Bréfritari: Sigríður Pálsdóttir
Viðtakandi: Páll Pálsson
Dagsetning: A-1869-12-27
Skrifað á: Breiðabólsstað  Rang.
Páll var bróðir Sigríðar

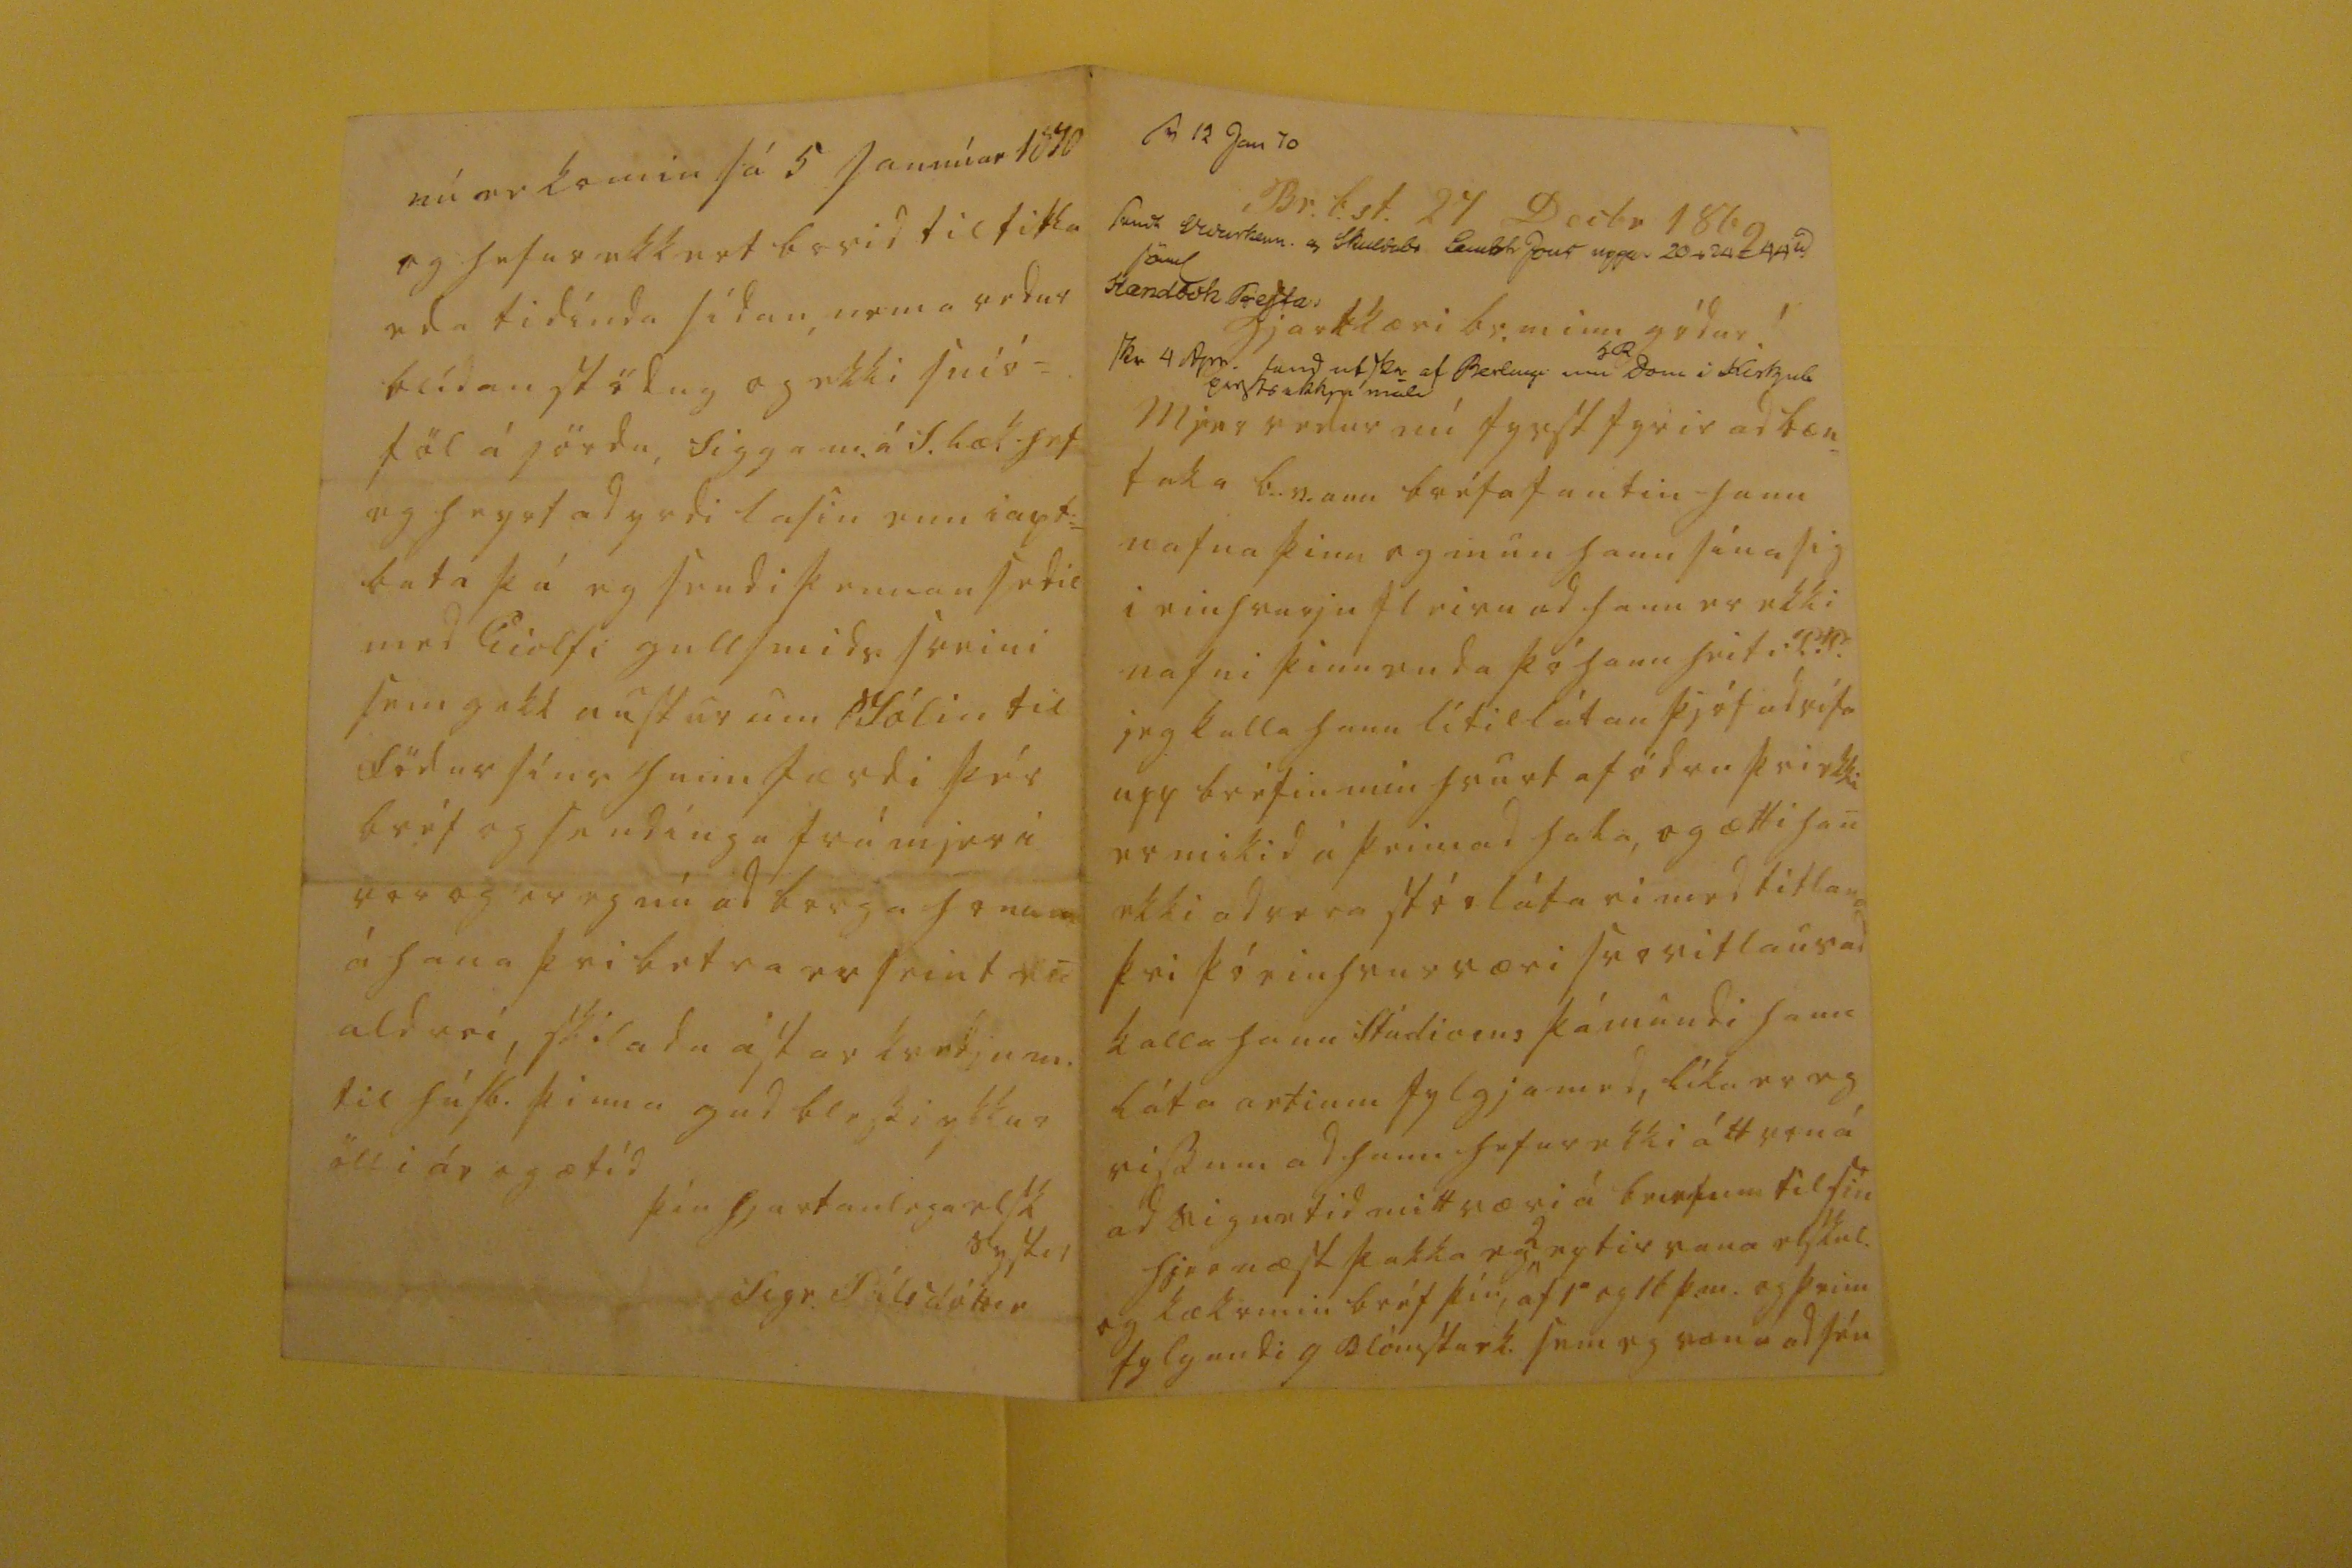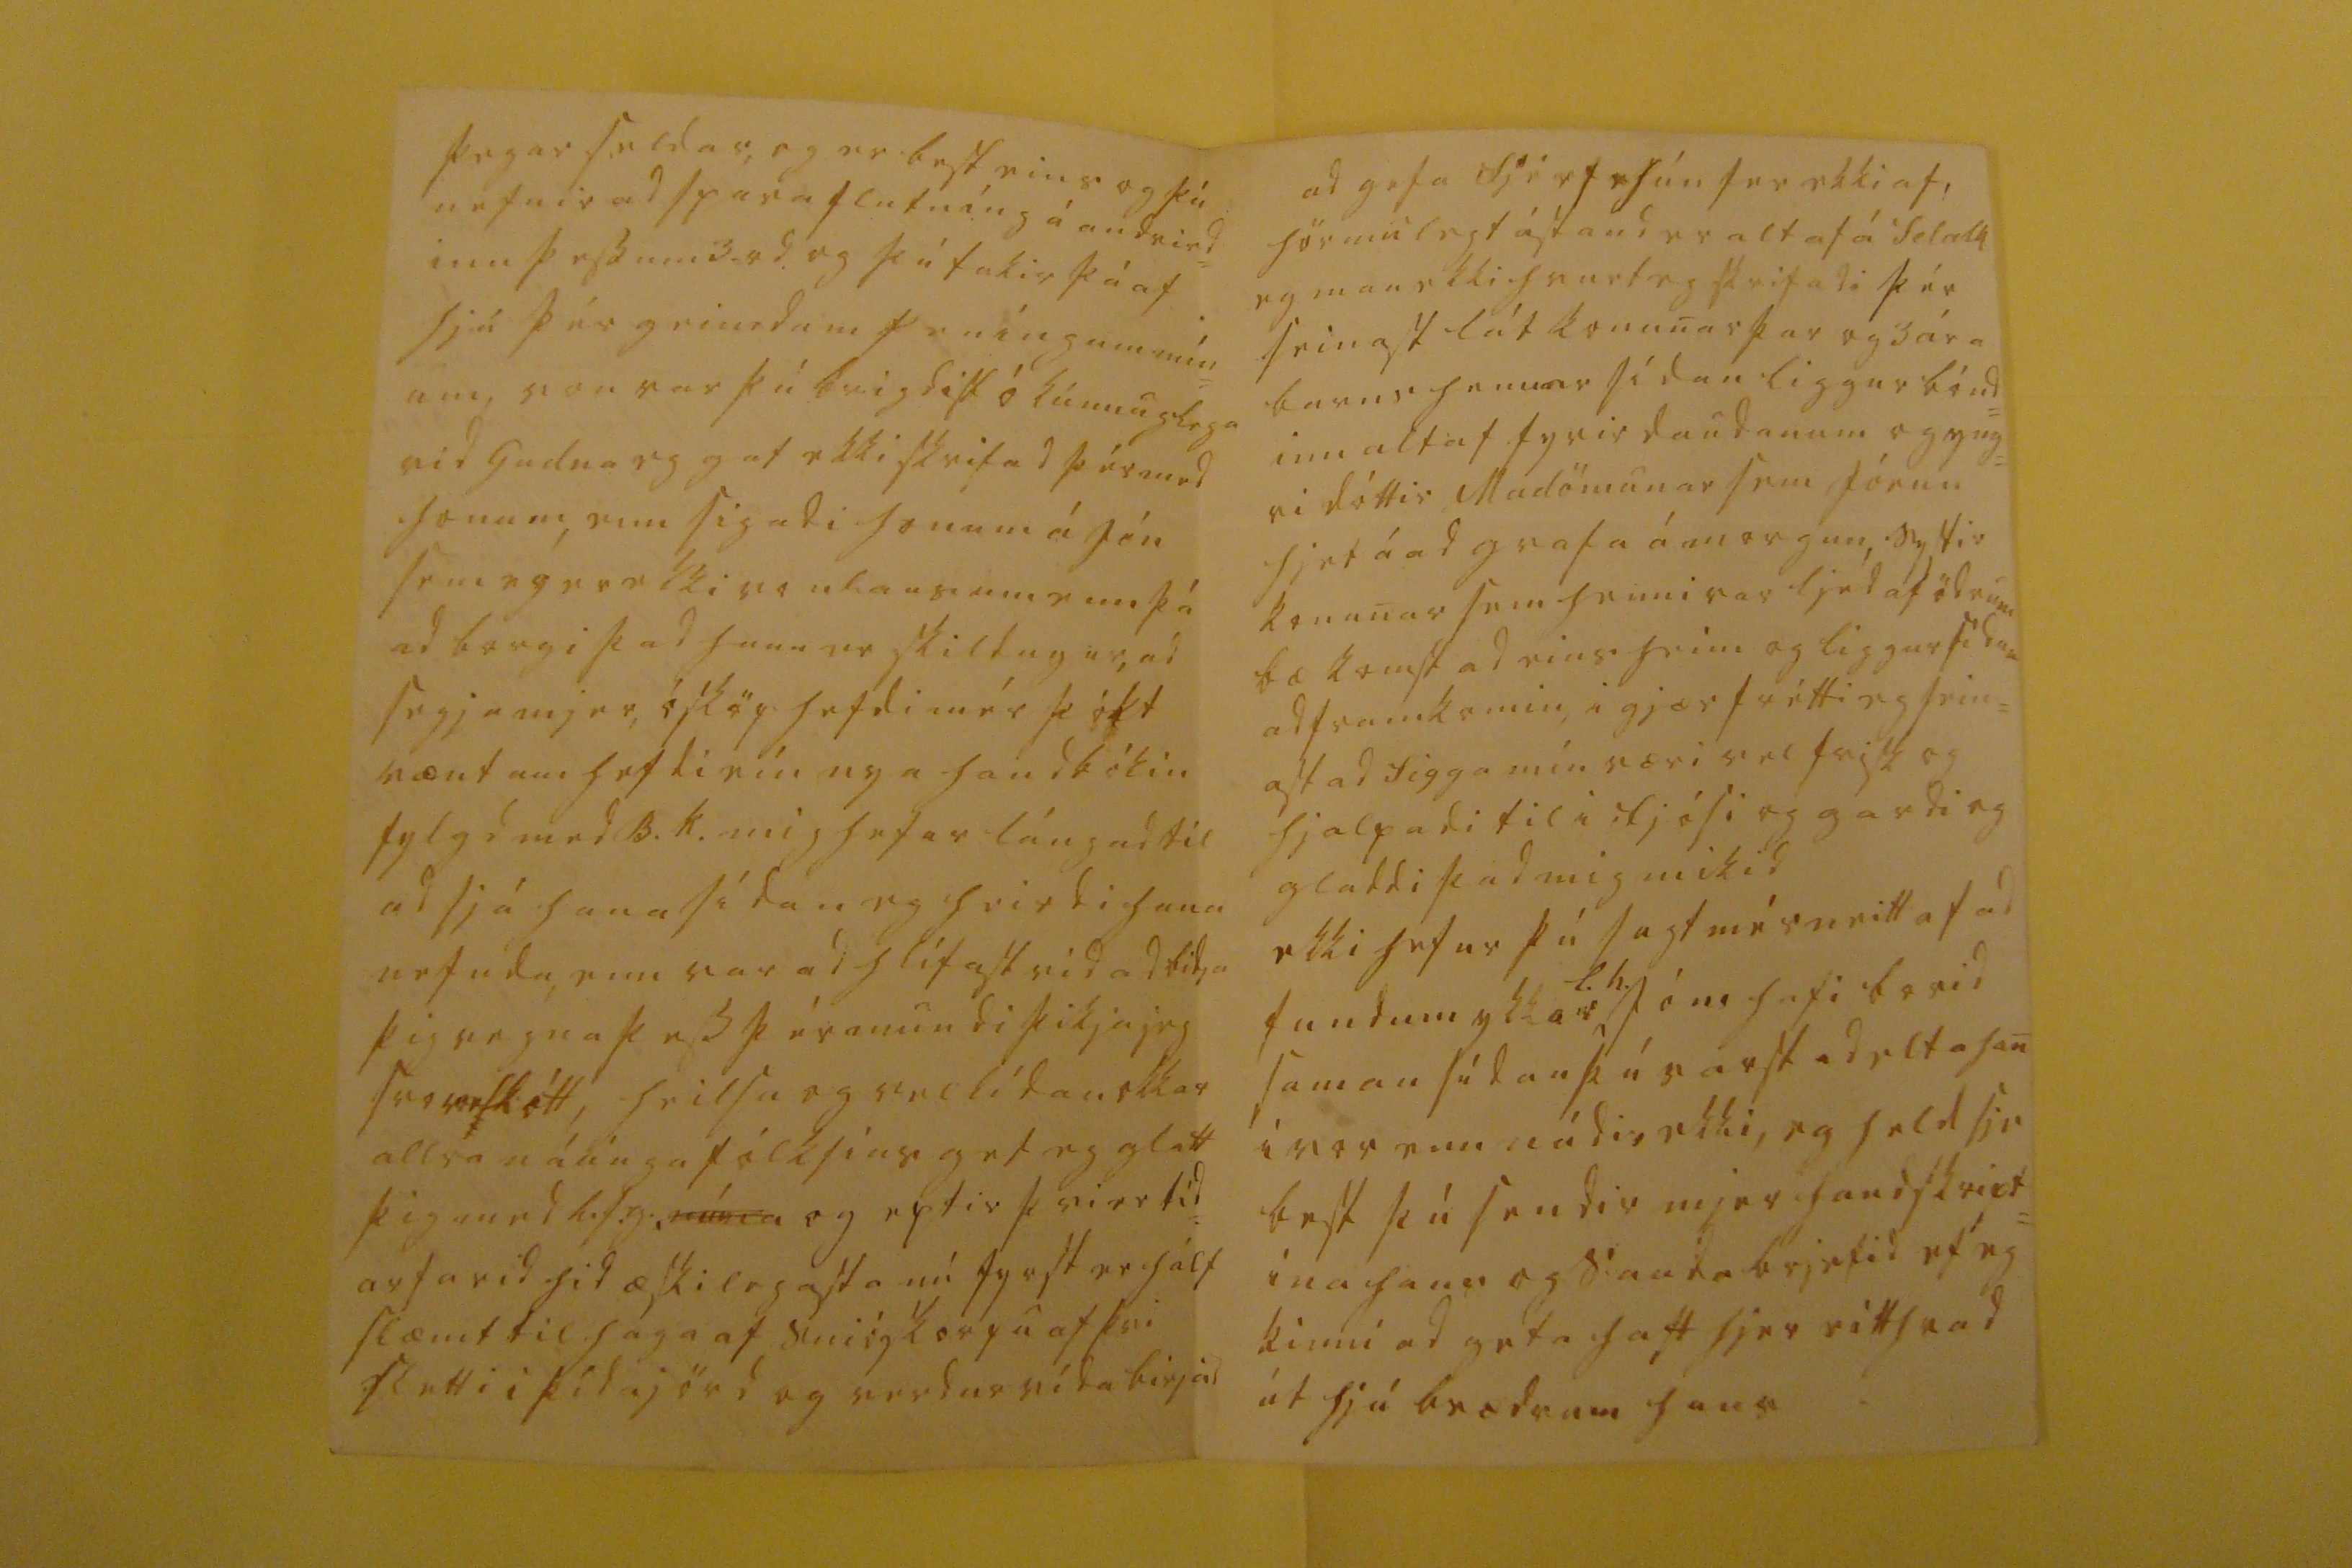

sv 12 Jan 70 sendt qwartilin. og skuldabr lambh Jons uppa 20 + 24 = 44 0 sö00 handbok fretta skr 4 Apr. ferd ef skr af Berl00 m dom i Kirkjub ein00kk00 mál
Br.b.st. 27 Decbr 1869
hjartkæri br. minn gódur!
Mjer vedur nú fyrst fyrir ad bæn= taka b.r. enn bréfafantin hann nafna þinn og mun hann sína sig i einhvurju fleiru ad hann er ekki nafni þinn enda þó hann heiti P.P. jeg kalla hann lítillátan þjóf ad rífa upp bréfin min hvurt af ödru þvi ekki er mikid á þeim ad
hala
og ætti han ekki ad vera stórlátari med titlana þvi þó einhvur væri svo vitlaus ad kalla hann Stúdiosus þá mundi hann láta artium fylgja med, líka er eg viss um ad hann hefur ekki átt von á ad sigurtid mitt væri á brefum til sin hjer næst þakka eg
2
eptir vana elskul. og lækr min bréf þín af 1 og 16 þ.m. og þeim fylgandi 9 blómsturk. sem eg vona ad séu
þegar seldar, og er best eins og þú nefnir ad spara flutníng á andvird= inu þessum 3 rd og þú takir þá af hjá þér geimdum peníngum mín= um, von var þú brigdist ókunnuglega vid Gudna eg gat ekki skrifad þér med honum, enn sigadi honum á Jón sem eg er ekki vonlaus um enn þá ad borgi þad hann er skildugur, ad segja mjer, ósköp hefdi mér þókt vænt um hefdi eín nya handbókin fylgd med B.k. mig hefur lángad til ad sjá hana sídan eg heirdi hana nefnda, enn var ad hlífast vid ad bidja þig vegna þess þér mundi þikja jeg svo
veslótt
, heilsa og vellídan okkar allra náúnga fólksins get eg glatt þig med l.s.g.,
mína
og eptir þvi er tíd= arfarid hid æskilegasta nú fyrst er hálf slæmt til haga af snióskorpu af þvi flutt i þída jörd og verdur vída birjad
ad gefa fjé ef hún fer ekki af, hörmulegt ástand er altaf á Selalk eg man ekki hvurt eg skrifadi þér seinast lát konunar þar og 3 ára barns hennar sídan liggur bónd= inn altaf fyrir daudanum og yng= ri dóttir Madömunar sem Jórun hjet á ad grafa á morgun, systir konunar sem henni var ljéd af ödrum bæ komst adeins heim og liggur sídan adframkomin, i gjær frétti eg sein= ast ad Sigga mín væri vel frisk og hjalpadi til i fjósi og gardi og gladdi þad mig mikid ekki hefur þú sagt mér neitt af ad fundum ykkar
L.h.
Jóns hafi borid saman sídan þú varst ad elta han i vor enn nádir ekki, eg held sje best þú sendir mjer handskript= ina hans og sauda brjefid ef eg kinni ad geta haft hjer eitthvad út hjá brædrum hans
nú er komin sá 5 Jannúar 1870 og hefur ekkert borid til
titla
eda tidínda sídan, nema vedur blídan stödug og ekki snió= föl á jördu, Sigga m. á S.læk hef eg heyrt ad yrdi lasin enn i apt= bata þá eg sendi þennan sedil med Eiolfi gullsmids sveini sem gekk austur um Jólin til födur síns hann færdi þér bréf og sendíngu frá mjer i vor og er eg nú ad borga honum á hana þvi betra er seint en aldrei, skiladu ástar kvedju m. til húsb. þinna gud blessi ykkur öll i ár og ætíd
þín hjartanlega elsk systir
Sigr. Pálsdóttir